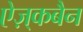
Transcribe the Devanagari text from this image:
ऐज़्कबैन